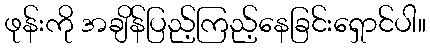
ဖုန်းကို အချိန်ပြည့်ကြည့်နေခြင်းရှောင်ပါ။